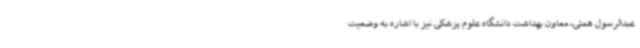
عبدالرسول همتی، معاون بهداشت دانشگاه علوم پزشکی نیز با اشاره به وضعیت